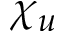
\chi _ { u }